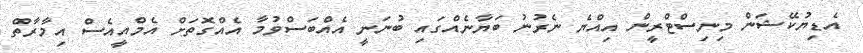
އެޑިޔުކޭޝަން މިނިސްޓްރީން އިއްޔެ ނެރުނު ބަޔާނެއްގައި ބުނަނީ އެއްބަސްވުމާ އެއްގޮތަށް އެމްއީއެސް އިމާރާތް